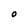
Character: O